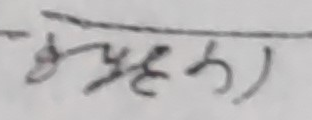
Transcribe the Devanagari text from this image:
मृहका)